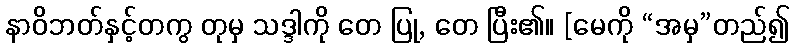
နာဝိဘတ်နှင့်တကွ တုမှ သဒ္ဒါကို တေ ပြု, တေ ပြီး၏။ [မေကို “အမှ”တည်၍